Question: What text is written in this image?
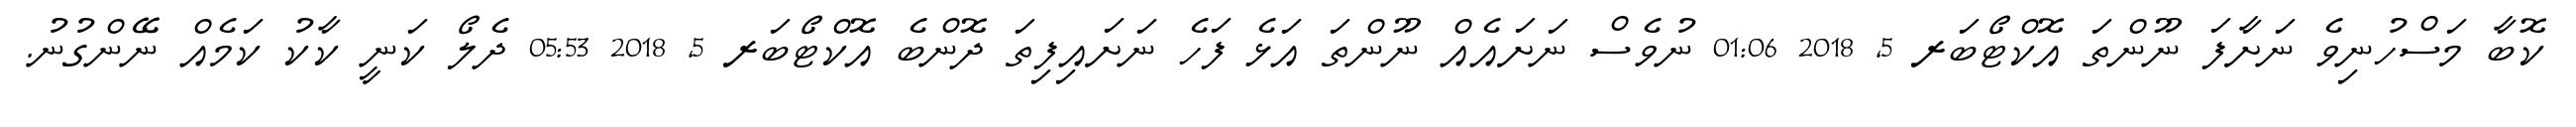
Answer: ކޮބާ މަސްހުނިވެ ނަށާފަ ނޫންތަ އޮކްޓޯބަރ 5, 2018 01:06 ނުވެސް ނަށައެއް ނޫންތަ އަޅެ ފަހެ ނަށައިފިތަ ދޮންބެ އޮކްޓޯބަރ 5, 2018 05:53 ދެލޯ ކަނީ ކާކު ކަމެއް ނޭންގުނު.